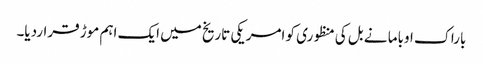
باراک اوباما نے بل کی منظوری کو امریکی تاریخ میں ایک اہم موڑ قراردیا۔